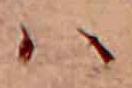
ハ